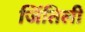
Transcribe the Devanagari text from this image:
जिंतिली